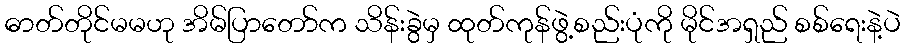
ဓာတ်တိုင်မမဟု အိမ်ပြာတော်က သိန်းခွဲမှ ထုတ်ကုန်ဖွဲ့စည်းပုံကို မိုင်အရှည် စစ်ရေးနဲ့ပဲ